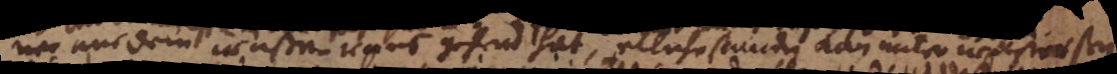
nee aus dem waßer raus gehend hat, etliche stunden kan unter waßer seyn.